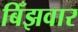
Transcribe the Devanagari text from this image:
बिँझवार